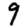
Digit: 9